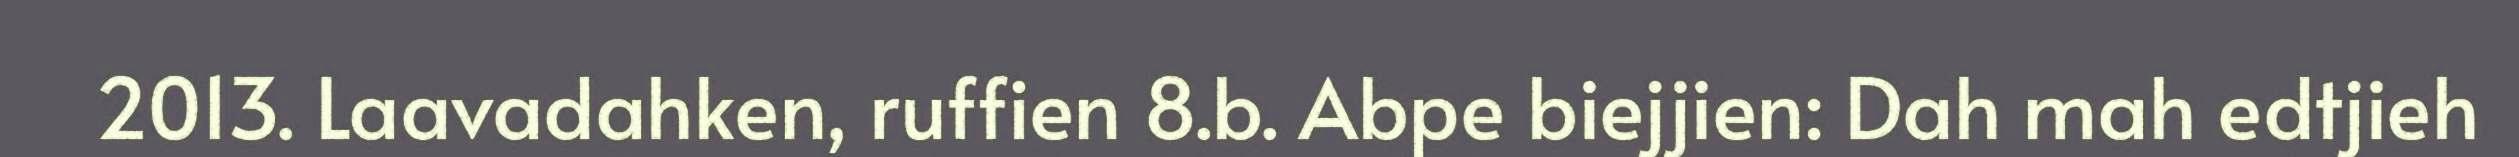
2013. Laavadahken, ruffien 8.b. Abpe biejjien: Dah mah edtjieh